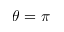
\theta = \pi